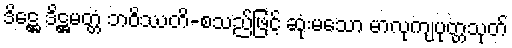
ဒိဋ္ဌေ ဒိဋ္ဌမတ္တံ ဘဝိဿတိ-စသည်ဖြင့် ဆုံးမသော မာလုကျပုတ္တသုတ်